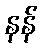
နန်